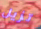
تزيل